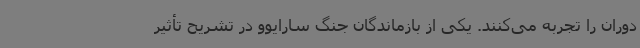
دوران را تجربه می‌کنند. یکی از بازماندگان جنگ سارایوو در تشریح تأثیر